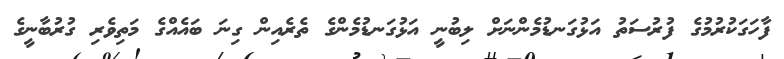
ފާހަގަކުރުމުގެ ފުރުސަތު އަޅުގަނޑުމެންނަށް ލިބުނީ އަޅުގަނޑުމެންގެ ތެރެއިން ގިނަ ބައެއްގެ މަތިވެރި ގުރުބާނީގެ